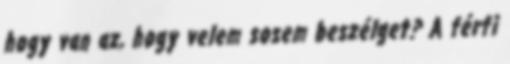
hogy van az, hogy velem sosem beszélget? A férfi